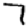
Digit: 7